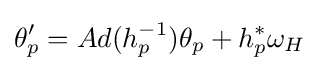
\theta _{p}^{\prime }=Ad(h_{p}^{-1})\theta _{p}+h_{p}^{*}\omega _{H}